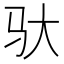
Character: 驮